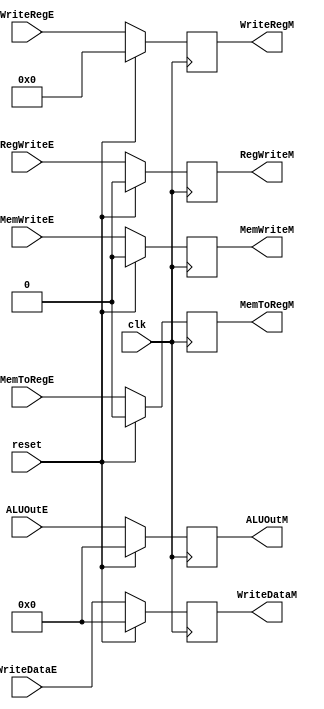
module RegM(
  input               clk, reset,
  input       [31:0]  ALUOutE,
  input       [31:0]  WriteDataE,
  input       [4:0]   WriteRegE,
  input               RegWriteE,
  input               MemWriteE,
  input               MemToRegE,
  output  reg [31:0]  ALUOutM,
  output  reg [31:0]  WriteDataM,
  output  reg [4:0]   WriteRegM,
  output  reg         RegWriteM,
  output  reg         MemWriteM,
  output  reg         MemToRegM
  );
  
  initial
  begin
    ALUOutM     <= 0;
    WriteDataM  <= 0;
    WriteRegM   <= 0;
    RegWriteM   <= 0;
    MemWriteM   <= 0;
    MemToRegM   <= 0;
  end
  
  always @(posedge clk)
  begin
    if (reset)
    begin
      ALUOutM     <= 0;
      WriteDataM  <= 0;
      WriteRegM   <= 0;
      RegWriteM   <= 0;
      MemWriteM   <= 0;
      MemToRegM   <= 0;
    end
    else
    begin
      ALUOutM     <= ALUOutE;
      WriteDataM  <= WriteDataE;
      WriteRegM   <= WriteRegE;
      RegWriteM   <= RegWriteE;
      MemWriteM   <= MemWriteE;
      MemToRegM   <= MemToRegE;
    end
  end
  
endmodule